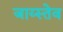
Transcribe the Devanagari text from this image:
जाय्स्तेव